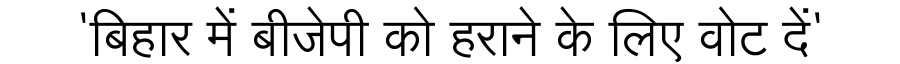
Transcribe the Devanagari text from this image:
'बिहार में बीजेपी को हराने के लिए वोट दें'